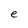
Character: e